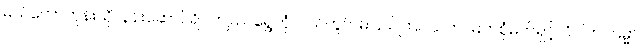
မယ်တော်ဘုန်းယှိ၊ နန်းဆောင်ရိပ်ကျယ်၊ ရွှေဘုံလယ်တွင်၊ မပြယ်ကြင်သက်၊ မြတ်စုံမက်ရှင့်၊ ဝိပါက်ကြမ္မာ၊